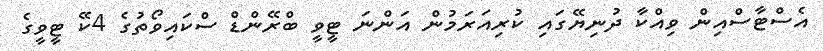
އެސްޓާސްއިން ވިއްކާ ދުނިޔޭގައި ކުރިއަރަމުން އަންނަ ޓީވީ ބްރޭންޑް ސްކައިވޯތުގެ 4ކޭ ޓީވީގެ